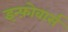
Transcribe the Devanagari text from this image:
इन्फ़ोवार्स